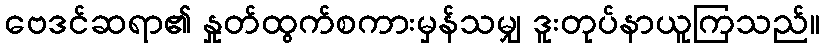
ဗေဒင်ဆရာ၏ နှုတ်ထွက်စကားမှန်သမျှ ဒူးတုပ်နာယူကြသည်။